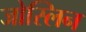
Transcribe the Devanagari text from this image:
जोस्लिन